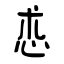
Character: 怷